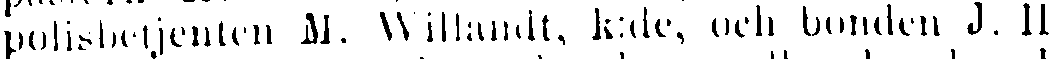
polisbetjenten M. Willandt, k:de, och bonden J. H